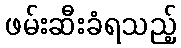
ဖမ်းဆီးခံရသည့်